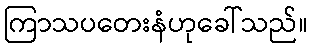
ကြာသပတေးနံဟုခေါ်သည်။